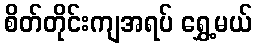
စိတ်တိုင်းကျအရပ် ရွှေ့မယ်